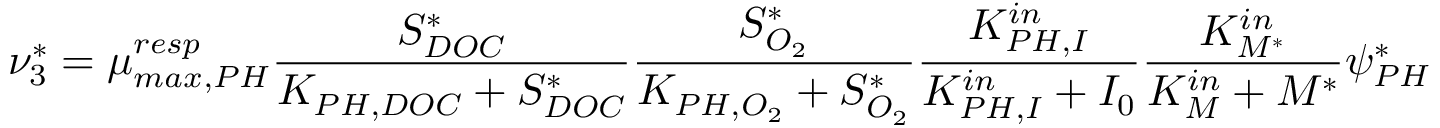
\nu _ { 3 } ^ { * } = \mu _ { m a x , P H } ^ { r e s p } \frac { S _ { D O C } ^ { * } } { K _ { P H , D O C } + S _ { D O C } ^ { * } } \frac { S _ { O _ { 2 } } ^ { * } } { K _ { P H , O _ { 2 } } + S _ { O _ { 2 } } ^ { * } } \frac { K _ { P H , I } ^ { i n } } { K _ { P H , I } ^ { i n } + I _ { 0 } } \frac { K _ { M ^ { * } } ^ { i n } } { K _ { M } ^ { i n } + M ^ { * } } \psi _ { P H } ^ { * }